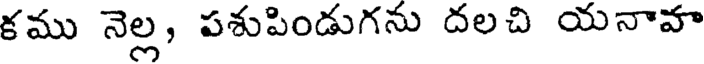
కము నెల్ల, పశుపిండుగను దలచి యనావా